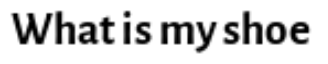
What is my shoe